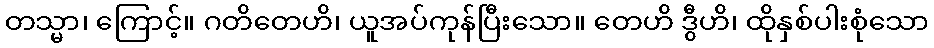
တသ္မာ၊ ကြောင့်။ ဂတိတေဟိ၊ ယူအပ်ကုန်ပြီးသော။ တေဟိ ဒွီဟိ၊ ထိုနှစ်ပါးစုံသော